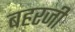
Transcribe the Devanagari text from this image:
बहरजी